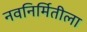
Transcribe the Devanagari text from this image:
नवनिर्मितीला